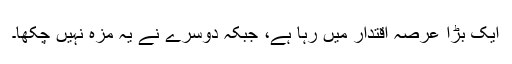
ایک بڑا عرصہ اقتدار میں رہا ہے، جبکہ دوسرے نے یہ مزہ نہیں چکھا۔